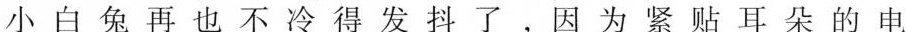
小白兔再也不冷得发抖了，因为紧贴耳朵的电